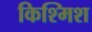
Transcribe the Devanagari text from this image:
किश्मिश